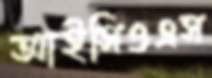
আইসিওএস